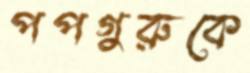
পপগুরুকে